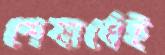
শেষার্ধেই